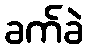
ခက်ခဲ